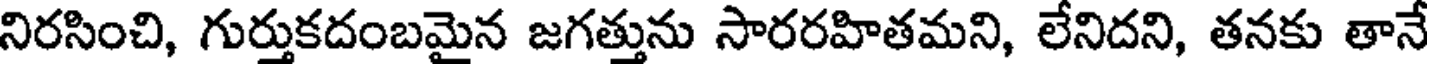
నిరసించి, గుర్తుకదంబమైన జగత్తును సారరహితమని, లేనిదని, తనకు తానే